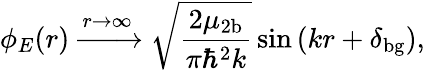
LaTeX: \phi_{E}(r)\xrightarrow{r\to\infty}\sqrt{\frac{2\mu_{\mathrm{2b}}}{\pi\hbar^{2}k}}\sin{(kr+\delta_{\mathrm{bg}})},